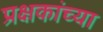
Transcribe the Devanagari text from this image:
प्रक्षकांच्या